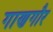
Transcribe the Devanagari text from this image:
गाणगौर